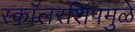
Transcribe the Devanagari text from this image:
स्कॉलरशिपमुळे